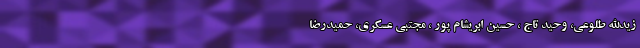
زیدالله طلوعی، وحید تاج ، حسین ابریشام پور ، مجتبی عسکری، حمیدرضا